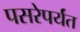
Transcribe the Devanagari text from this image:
पसरेपर्यंत